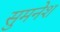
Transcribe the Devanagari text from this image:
सुमनेश